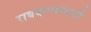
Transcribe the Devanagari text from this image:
राबवाण्यासाठी